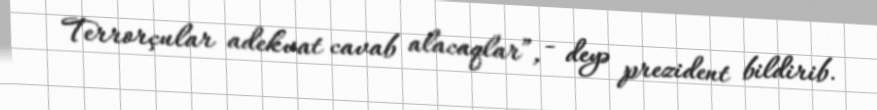
Terrorçular adekvat cavab alacaqlar”, - deyə prezident bildirib.